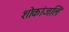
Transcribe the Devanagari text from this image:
शोकांजलि